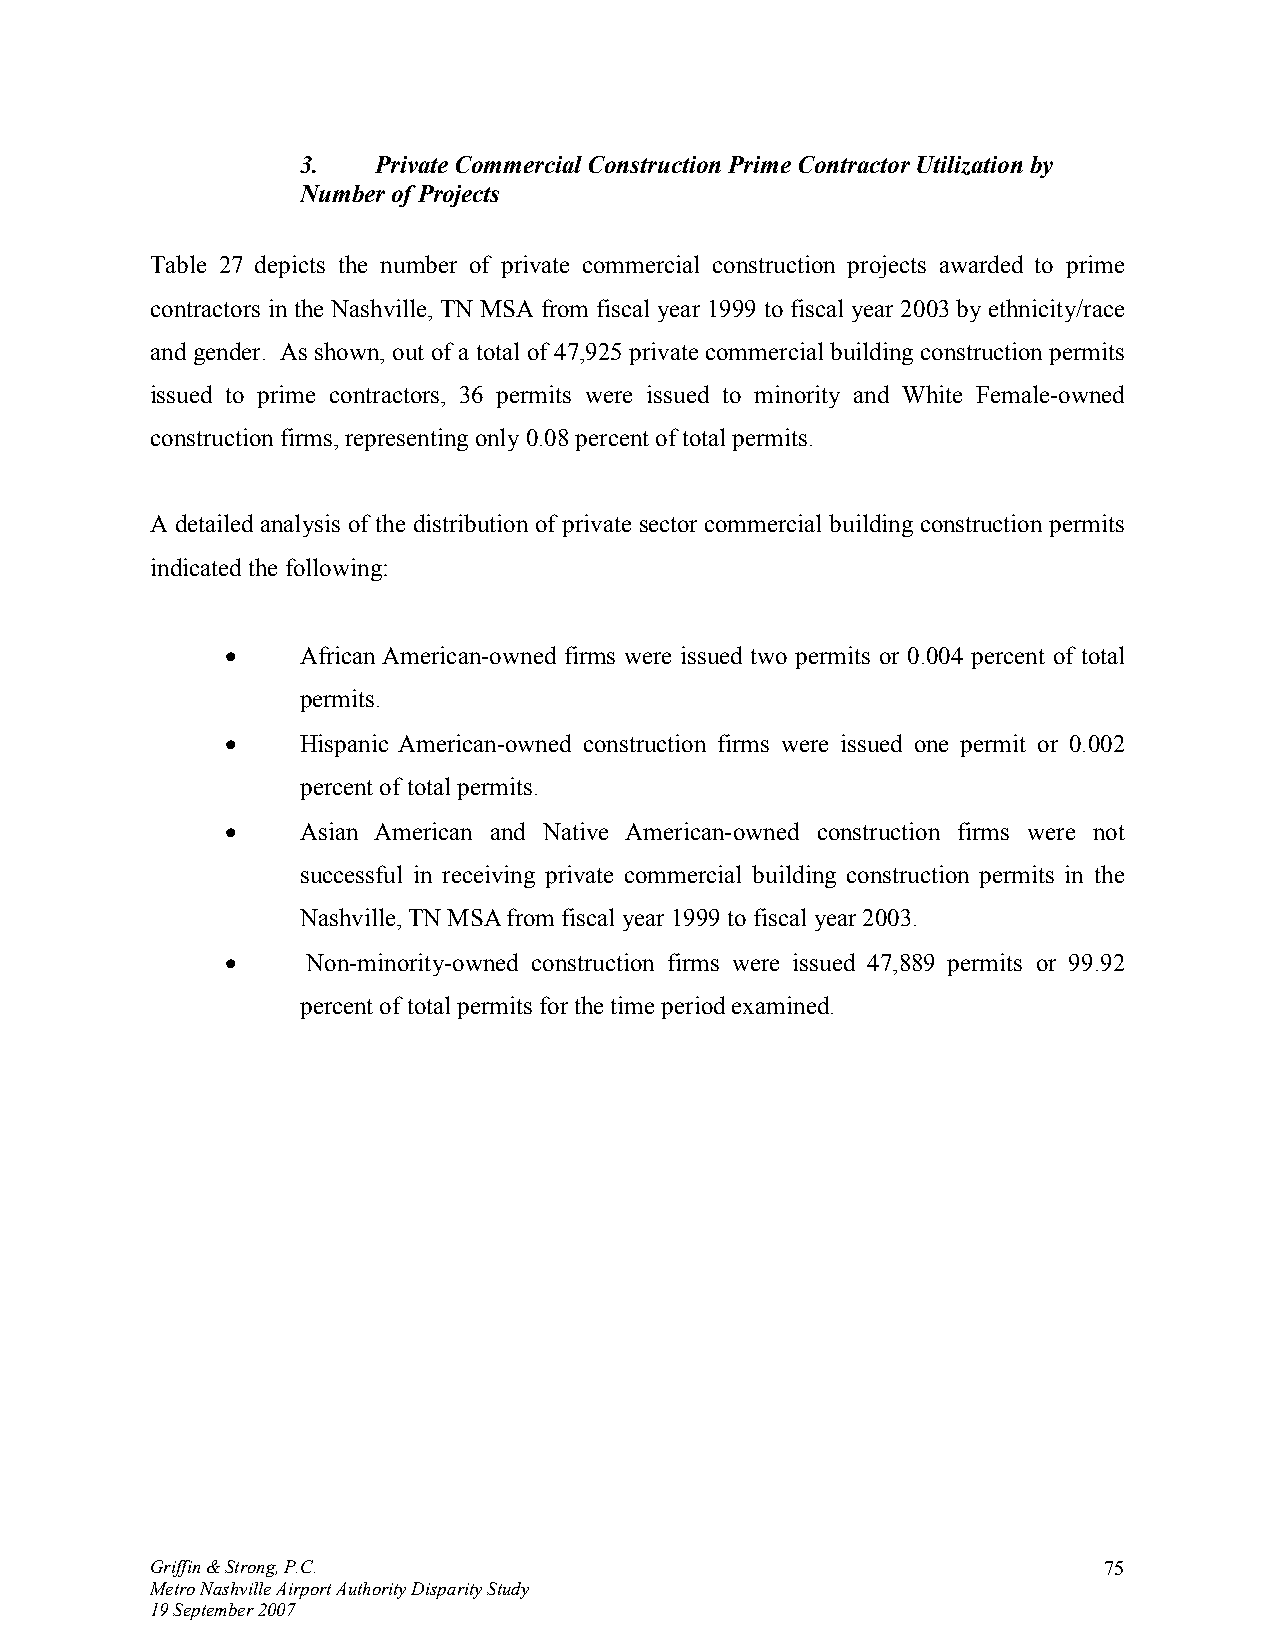
3.   Private Commercial Construction Prime Contractor Utilization by
 Number of Projects
 Table 27 depicts the number of private commercial construction projects awarded to prime
 contractors in the Nashville, TN MSA from fiscal year 1999 to fiscal year 2003 by ethnicity/race
 and gender. As shown, out of a total of 47,925 private commercial building construction permits
 issued to prime contractors, 36 permits were issued to minority and White Female-owned
 construction firms, representing only 0.08 percent of total permits.
 A detailed analysis of the distribution of private sector commercial building construction permits
 indicated the following:
 •    African American-owned firms were issued two permits or 0.004 percent of total
 permits.
 •    Hispanic American-owned construction firms were issued one permit or 0.002
 percent of total permits.
 •    Asian American and Native American-owned construction firms were not
 successful in receiving private commercial building construction permits in the
 Nashville, TN MSA from fiscal year 1999 to fiscal year 2003.
 •    Non-minority-owned construction firms were issued 47,889 permits or 99.92
 percent of total permits for the time period examined.
 Griffin & Strong, P.C.                                         75
 Metro Nashville Airport Authority Disparity Study
 19 September 2007